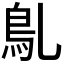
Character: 𩾐